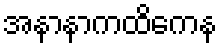
အနာနာကထိကေန